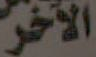
الآخر